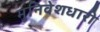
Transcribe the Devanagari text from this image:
मुनिवेशधारी